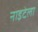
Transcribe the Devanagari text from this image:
नाइटेला